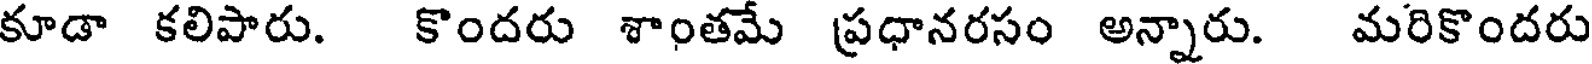
కూడా కలిపారు. కొందరు శాంతమే ప్రధానరసం అన్నారు. మరికొందరు